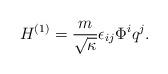
LaTeX: \begin{align*}H^{(1)} = \frac{m}{\sqrt{\kappa}} \epsilon_{ij} \Phi^i q^j.\end{align*}